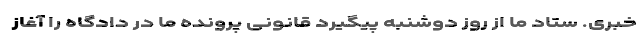
خبری. ستاد ما از روز دوشنبه پیگیرد قانونی پرونده ما در دادگاه را آغاز